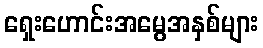
ရှေးဟောင်းအမွေအနှစ်များ